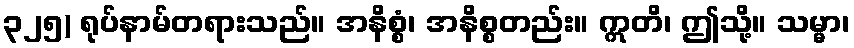
၃၂၅) ရုပ်နာမ်တရားသည်။ အနိစ္စံ၊ အနိစ္စတည်း။ ဣတိ၊ ဤသို့။ သမ္မာ၊